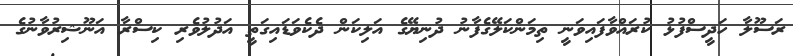
ރަސޫލާ ހަދީސްފުޅު ކުރައްވާފައިވަނީ ތިމަންކަލޭގެފާނު ދުނިޔޭގެ އަލިކަން ދެކެވަޑައިގަތީ އަދުލުވެރި ކިސްރާ އަނޫޝިރުވާނުގެ